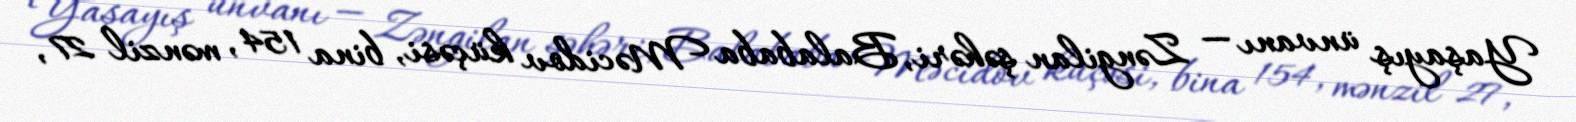
Yaşayış ünvanı — Zəngilan şəhəri, Balababa Məcidov küçəsi, bina 154, mənzil 27,